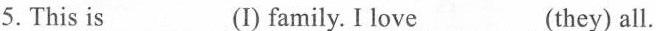
5.This is ___ (I) family. I love ___(they) all.